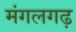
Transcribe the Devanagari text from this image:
मंगलगढ़